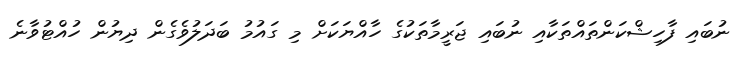
ނުބައި ފާހިޝްކަންތައްތަކާއި ނުބައި ޖަރީމާތަކުގެ ހާއްޔަކަށް މި ގައުމު ބަދަލުވެގެން ދިޔުން ހުއްޓުވާނެ